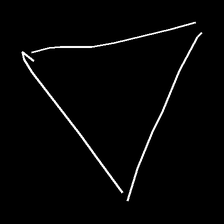
Glyph: convergence